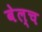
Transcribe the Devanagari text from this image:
बेल्च